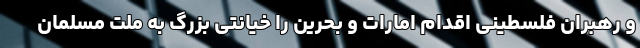
و رهبران فلسطینی اقدام امارات و بحرین را خیانتی بزرگ به ملت مسلمان